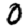
Digit: 0